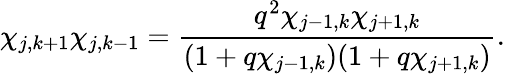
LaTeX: \chi_{j,k+1}\chi_{j,k-1}=\frac{q^{2}\chi_{j-1,k}\chi_{j+1,k}}{(1+q\chi_{j-1,k})(1+q\chi_{j+1,k})}.